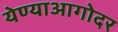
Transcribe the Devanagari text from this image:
येण्याआगोदर